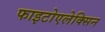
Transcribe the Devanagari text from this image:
फाइटोएलेक्सिन